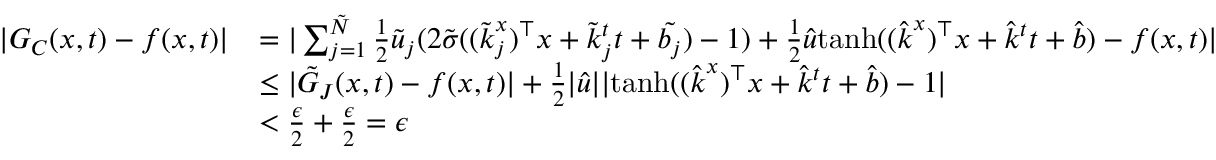
\begin{array} { r l } { | G _ { C } ( \boldsymbol { x } , t ) - f ( \boldsymbol { x } , t ) | } & { = | \sum _ { j = 1 } ^ { \tilde { N } } \frac { 1 } { 2 } \tilde { u } _ { j } ( 2 \tilde { \sigma } ( ( \boldsymbol { \tilde { k } } _ { j } ^ { x } ) ^ { \top } \boldsymbol { x } + \tilde { k } _ { j } ^ { t } t + \tilde { b _ { j } } ) - 1 ) + \frac { 1 } { 2 } \hat { u } \mathrm { t a n h } ( ( \boldsymbol { \hat { k } } ^ { x } ) ^ { \top } \boldsymbol { x } + \hat { k } ^ { t } t + \hat { b } ) - f ( \boldsymbol { x } , t ) | } \\ & { \le | \tilde { G } _ { J } ( \boldsymbol { x } , t ) - f ( \boldsymbol { x } , t ) | + \frac { 1 } { 2 } | \hat { u } | | \mathrm { t a n h } ( ( \boldsymbol { \hat { k } } ^ { x } ) ^ { \top } \boldsymbol { x } + \hat { k } ^ { t } t + \hat { b } ) - 1 | } \\ & { < \frac { \epsilon } { 2 } + \frac { \epsilon } { 2 } = \epsilon } \end{array}